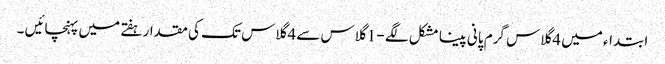
ابتداء میں 4 گلاس گرم پانی پینا مشکل لگے - 1 گلاس سے 4 گلاس تک کی مقدار ہفتے میں پہنچائیں ۔